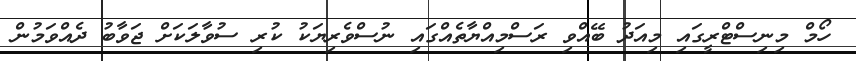
ހޯމް މިނިސްޓްރީގައި މިއަދު ބޭއްވި ރަސްމިއްޔާތެއްގައި ނުސްވެރިޔަކު ކުރި ސުވާލަކަށް ޖަވާބު ދެއްވަމުން